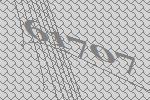
61707